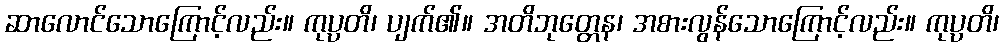
ဆာလောင်သောကြောင့်လည်း။ ကုပ္ပတိ၊ ပျက်၏။ အတိဘုတ္တေန၊ အစားလွန်သောကြောင့်လည်း။ ကုပ္ပတိ၊